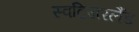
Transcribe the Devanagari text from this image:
स्वटि्जरलैंड